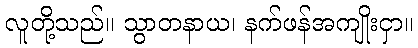
လူတို့သည်။ သွာတနာယ၊ နက်ဖန်အကျိုးငှာ။